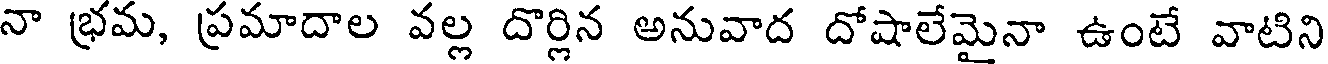
నా భ్రమ, ప్రమాదాల వల్ల దొర్లిన అనువాద దోషాలేమైనా ఉంటే వాటిని